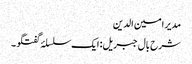
مدیر امین الدین
شرح بال جبریل: ایک سلسلۂ گفتگو ۔